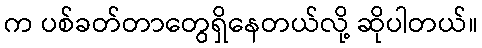
က ပစ်ခတ်တာတွေရှိနေတယ်လို့ ဆိုပါတယ်။